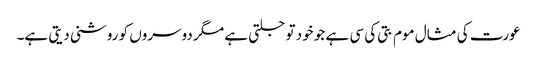
عورت کی مثال موم بتی کی سی ہے جو خود تو جلتی ہے مگر دوسروں کو روشنی دیتی ہے۔